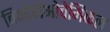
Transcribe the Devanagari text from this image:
बिओगेओचेमिकल